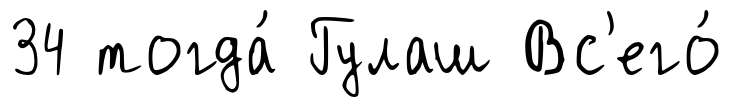
34 тогда́ Гулаш Вс'его́